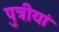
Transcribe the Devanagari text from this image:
पुत्रीयां